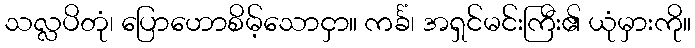
သလ္လပိတုံ၊ ပြောဟောစိမ့်သောငှာ။ ကင်္ခံ၊ အရှင်မင်းကြီး၏ ယုံမှားကို။